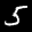
Label: 5